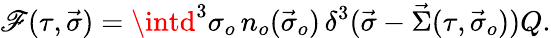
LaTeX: {\cal\mathscr{F}}(\tau,\vec{{\sigma}})=\intd^{3}\sigma_{o}\, n_{o}(\vec{{\sigma}}_{o})\, \delta^{3}(\vec{{\sigma}}-\vec{{\Sigma}}(\tau,\vec{{\sigma}}_{o}))Q.